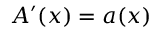
A ^ { \prime } ( x ) = a ( x )